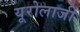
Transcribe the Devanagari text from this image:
यूरोलाजी